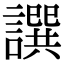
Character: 譔